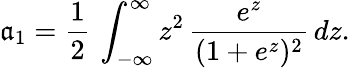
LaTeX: \mathfrak{a}_{1}=\frac{{1}}{{2}}\, \int_{-\infty}^{\infty}z^{2}\, \frac{{e^{z}}}{{(1+e^{z})^{2}}}\, dz.